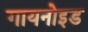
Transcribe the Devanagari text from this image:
गायनोइड